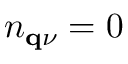
n _ { \mathbf q \nu } = 0